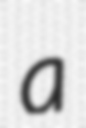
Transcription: a